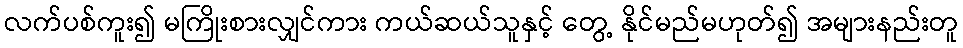
လက်ပစ်ကူး၍ မကြိုးစားလျှင်ကား ကယ်ဆယ်သူနှင့် တွေ့ နိုင်မည်မဟုတ်၍ အများနည်းတူ